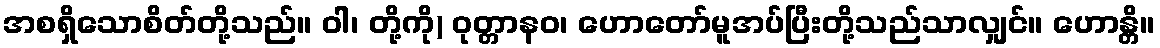
အစရှိသောစိတ်တို့သည်။ ဝါ၊ တို့ကို) ဝုတ္တာနဝ၊ ဟောတော်မူအပ်ပြီးတို့သည်သာလျှင်။ ဟောန္တိ။